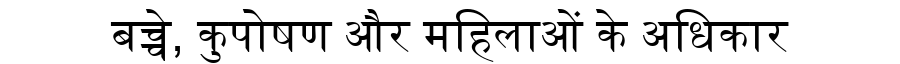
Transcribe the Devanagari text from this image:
बच्चे, कुपोषण और महिलाओं के अधिकार